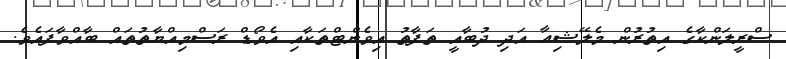
ސްރީލަންކާގެ އިތުރުން މެލޭޝިއާ އަދި ދުބާއީ ތަފާތު އިވެންޓްތަކާއި އެވޯޑް ރަސްމިއްޔާތުތައް ބާއްވާފައެވެ.